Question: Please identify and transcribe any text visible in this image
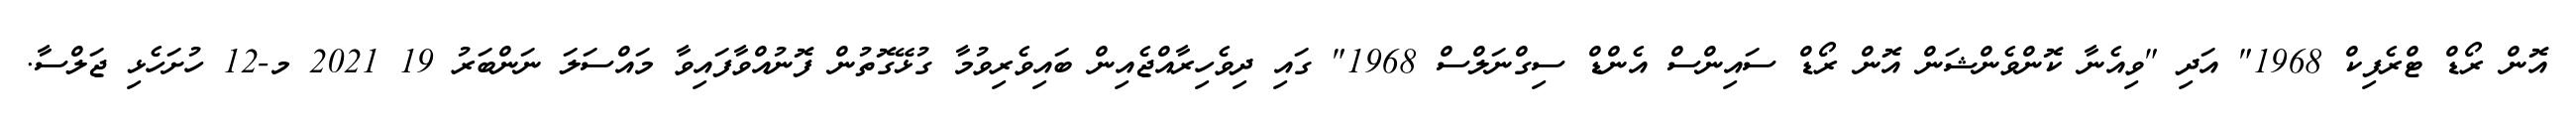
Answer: އޮން ރޯޑް ޓްރެފިކް 1968" އަދި "ވިއެނާ ކޮންވެންޝަން އޮން ރޯޑް ސައިންސް އެންޑް ސިގްނަލްސް 1968" ގައި ދިވެހިރާއްޖެއިން ބައިވެރިވުމާ ގުޅޭގޮތުން ފޮނުއްވާފައިވާ މައްސަލަ ނަންބަރު 19 2021 މ-12 ހުށަހެޅި ޖަލްސާ.